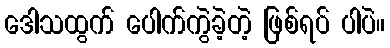
ဒေါသထွက် ပေါက်ကွဲခဲ့တဲ့ ဖြစ်ရပ် ပါပဲ။